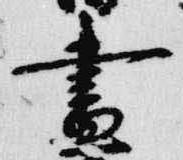
昼